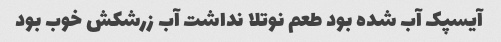
آیسپک آب شده بود طعم نوتلا نداشت آب زرشکش خوب بود